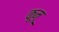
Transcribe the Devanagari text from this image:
कूमू